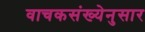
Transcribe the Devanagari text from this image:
वाचकसंख्येनुसार